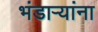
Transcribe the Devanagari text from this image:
भंडाऱ्यांना